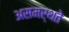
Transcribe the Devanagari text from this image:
असमर्थते